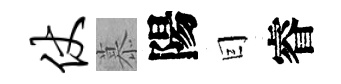
仗慕陽囙睿